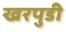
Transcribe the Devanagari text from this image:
खरपुडी